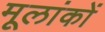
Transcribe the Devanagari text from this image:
मूलांकों